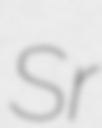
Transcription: Sr